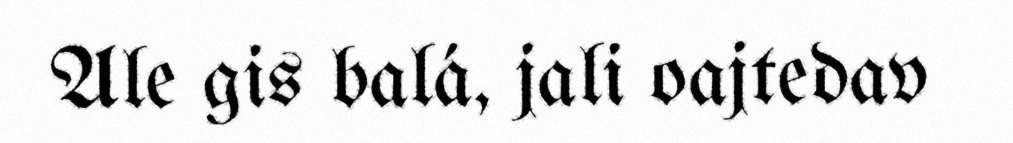
Ale gis balá, jali oajtedav